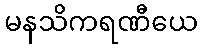
မနသိကရဏီယေ